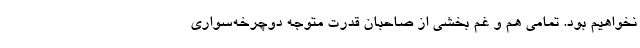
نخواهیم بود. تمامی هم و غم بخشی از صاحبان قدرت متوجه دوچرخه‌سواری